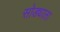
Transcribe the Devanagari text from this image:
सोड्याला